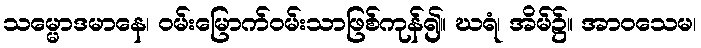
သမ္မောဒမာနေ၊ ဝမ်းမြောက်ဝမ်းသာဖြစ်ကုန်၍။ ဃရံ၊ အိမ်၌။ အာဝသေမ၊